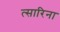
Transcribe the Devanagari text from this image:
त्सारिना